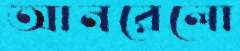
আনরেলো